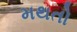
મથતો